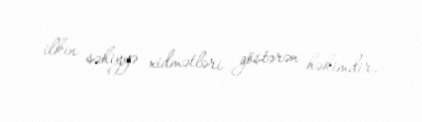
ilkin səhiyyə xidmətləri göstərən həkimdir.